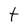
Character: t